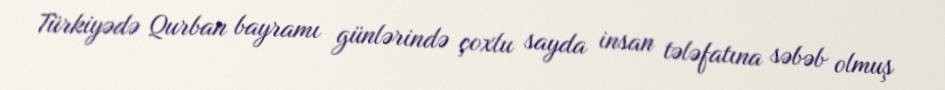
Türkiyədə Qurban bayramı günlərində çoxlu sayda insan tələfatına səbəb olmuş